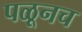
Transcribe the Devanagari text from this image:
पळूनच